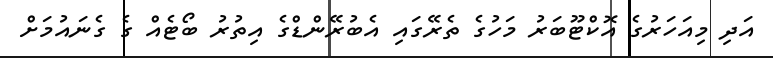
އަދި މިއަހަރުގެ އޮކްޓޫބަރު މަހުގެ ތެރޭގައި އެބުރޭންޑްގެ އިތުރު ބޯޓެއް ގެ ގެނައުމަށް